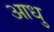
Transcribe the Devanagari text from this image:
आधु